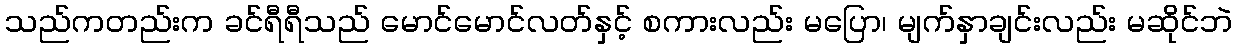
သည်ကတည်းက ခင်ရီရီသည် မောင်မောင်လတ်နှင့် စကားလည်း မပြော၊ မျက်နှာချင်းလည်း မဆိုင်ဘဲ